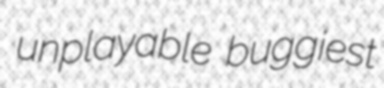
unplayable buggiest